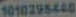
1010298440